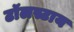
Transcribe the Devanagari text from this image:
टॉलस्टाय